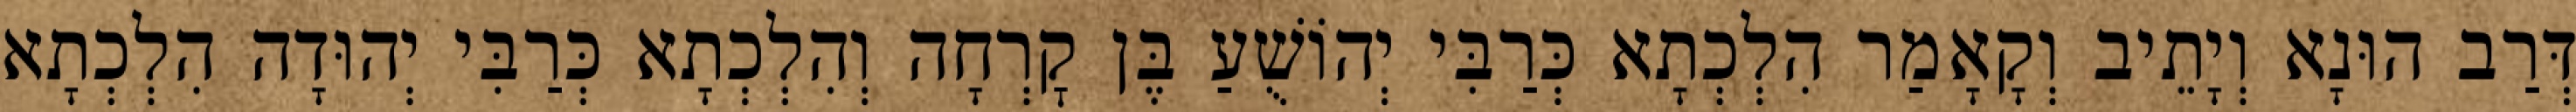
דְּרַב הוּנָא וְיָתֵיב וְקָאָמַר הִלְכְתָא כְּרַבִּי יְהוֹשֻׁעַ בֶּן קׇרְחָה וְהִלְכְתָא כְּרַבִּי יְהוּדָה הִלְכְתָא